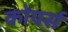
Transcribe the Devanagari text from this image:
कोपर्स